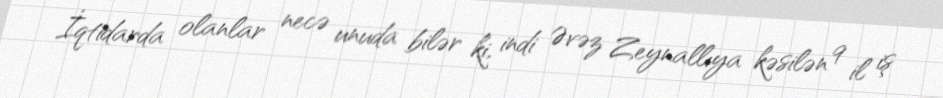
İqtidarda olanlar necə unuda bilər ki, indi Əvəz Zeynallıya kəsilən 9 il iş